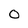
Character: O